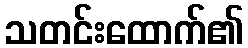
သတင်းထောက်၏